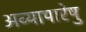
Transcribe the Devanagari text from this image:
अव्यापारेषु